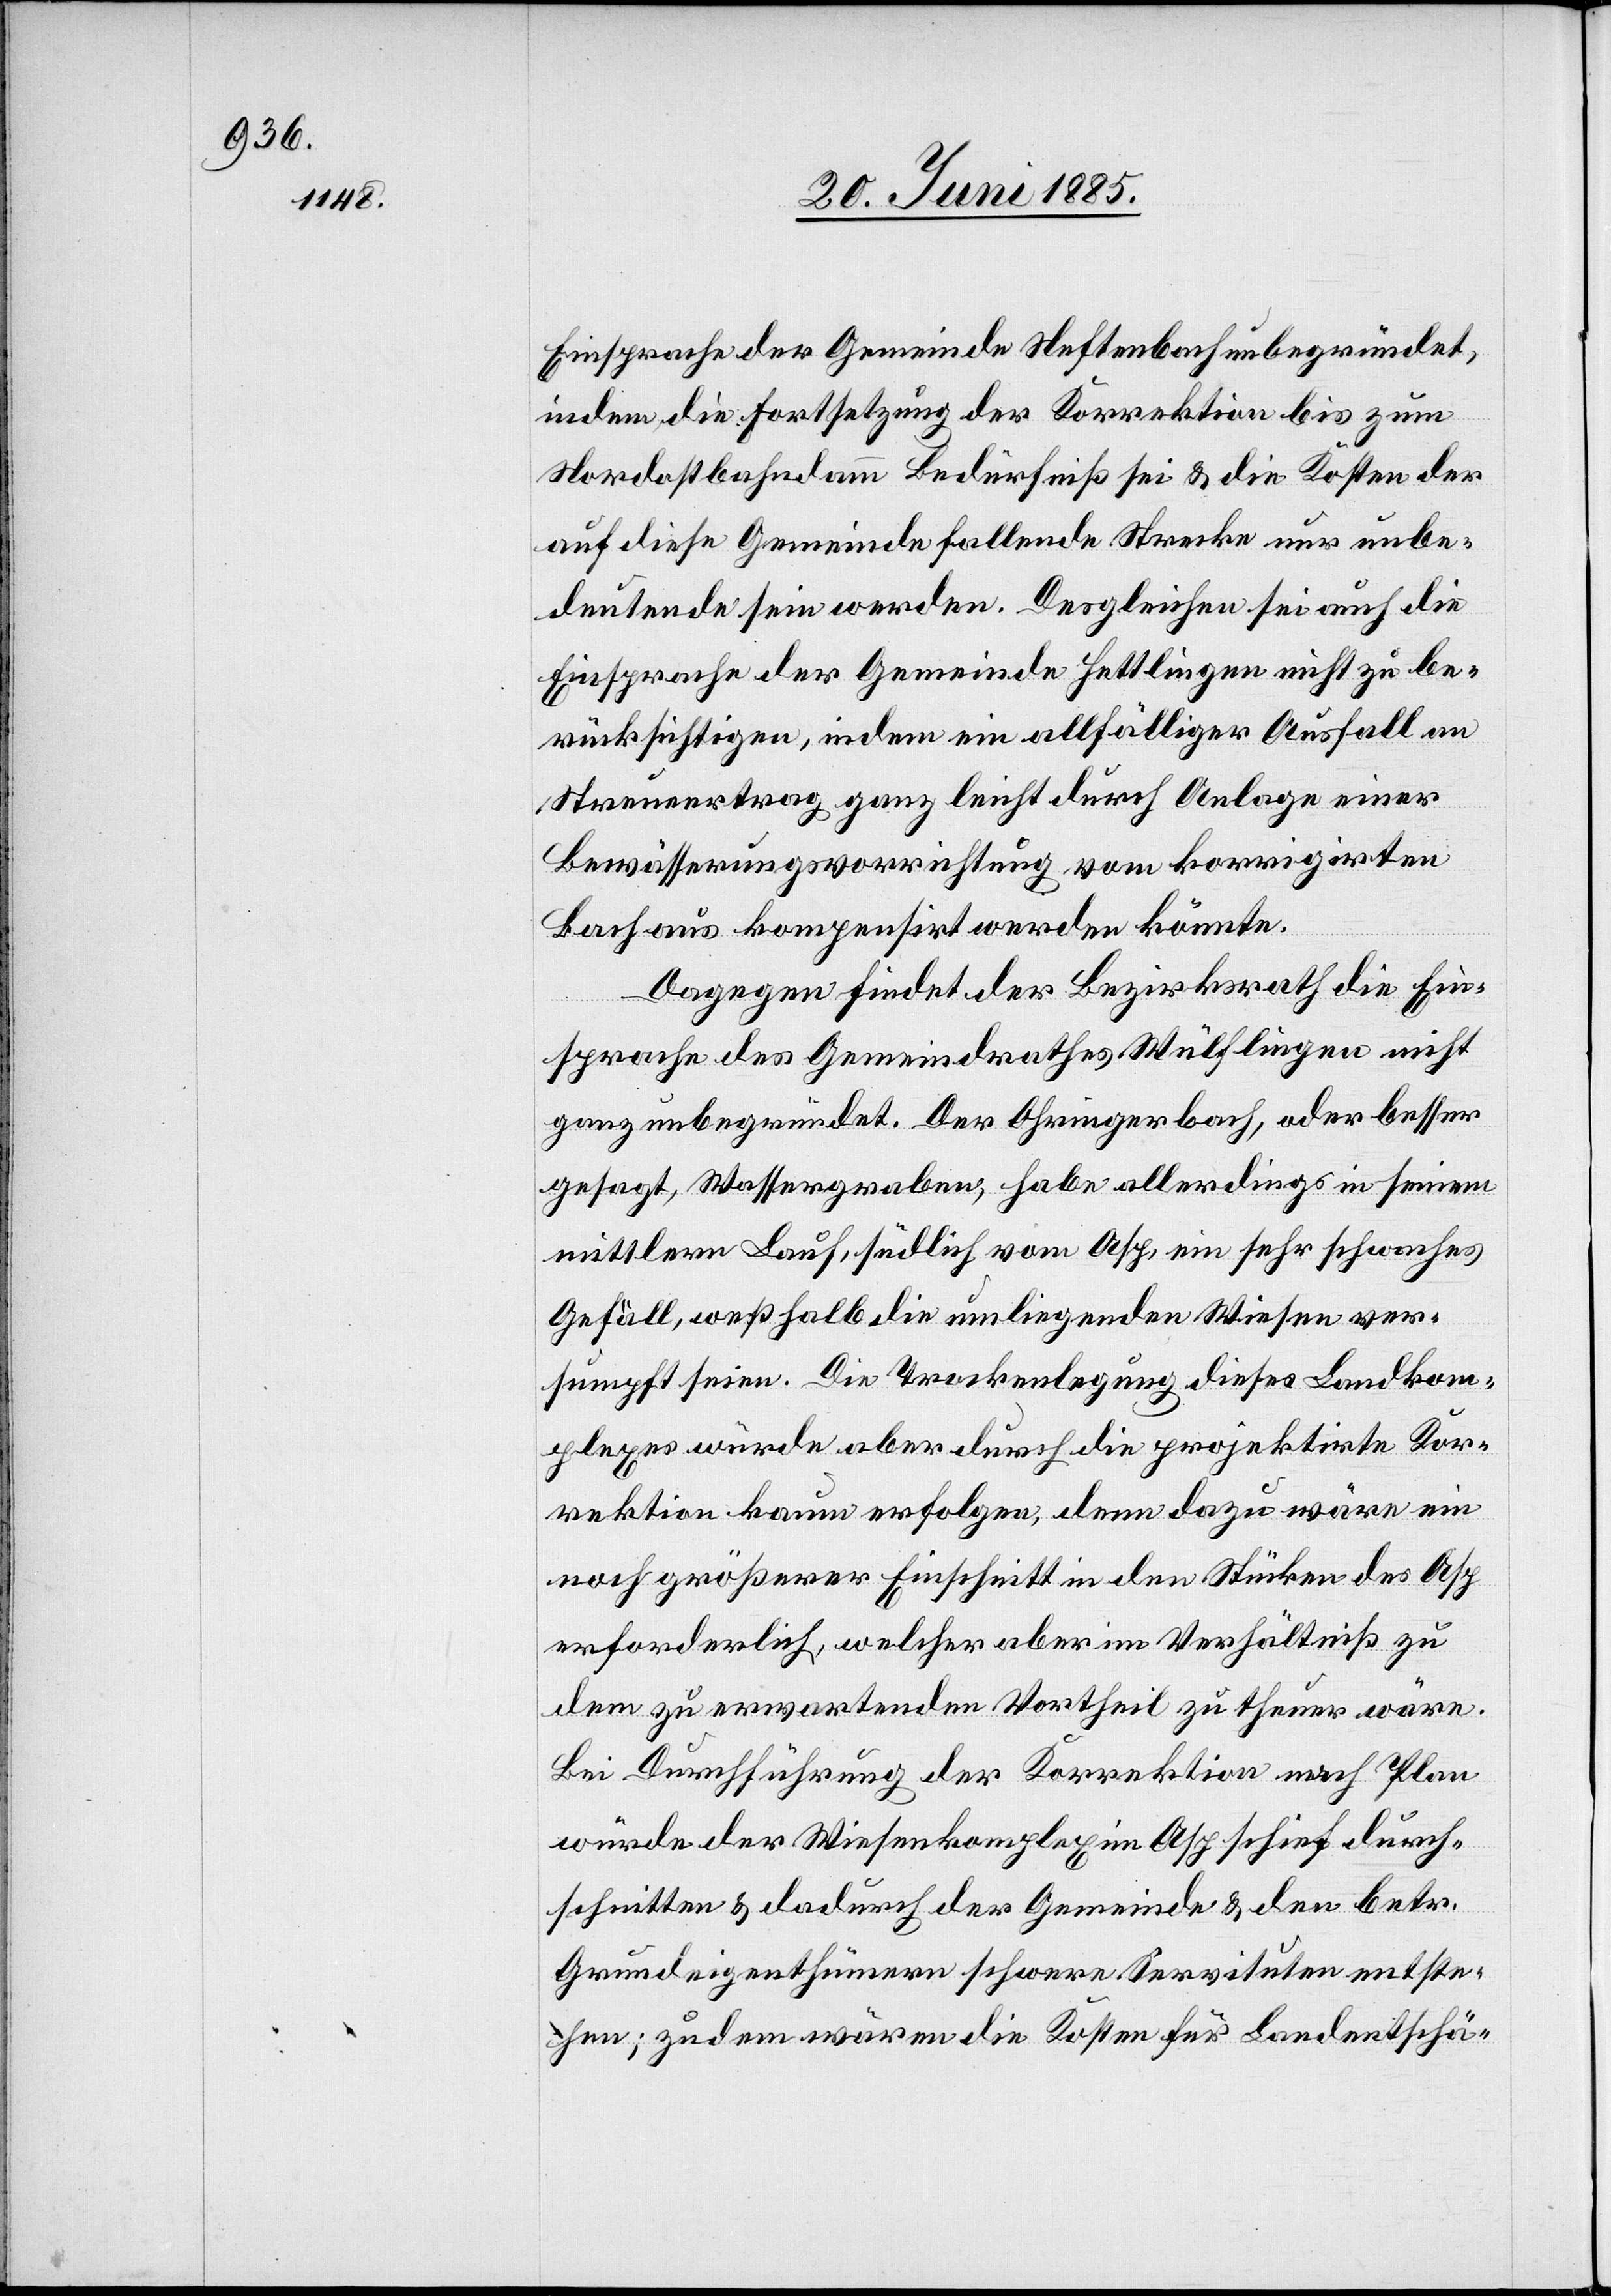
Einsprache der Gemeinde Neftenbach unbegründet,
indem die Fortsetzung der Korrektion bis zum
Nordostbahndamm Bedürfniß sei & die Kosten der
auf diese Gemeinde fallende Strecke nur unbe¬
deutende sein werden. Desgleichen sei auch die
Einsprache der Gemeinde Hettlingen nicht zu be¬
rücksichtigen, indem ein allfälliger Ausfall am
Streuertrag ganz leicht durch Anlage einer
Bewässerungsvorrichtung vom korrigirten
Bach aus kompensirt werden könnte.
Dagegen findet der Bezirksrath die Ein¬
sprache des Gemeindrathes Wülflingen nicht
ganz unbedeutend. Der Ohringerbach, oder besser
gesagt, Wassergraben, habe allerdings in seinem
mittlern Lauf, südlich vom Asp, ein sehr schwaches
Gefäll, weßhalb die umliegenden Wiesen ver¬
sumpft seien. Die Trockenlegung dieses Landkom¬
plexes würde aber durch die projektirte Kor¬
rektion kaum erfolgen, denn dazu wäre ein
noch größerer Einschnitt in den Stücken des Asp
erforderlich, welcher aber im Verhältniß zu
dem zu erwartenden Vortheil zu theuer wäre.
Bei Durchführung der Korrektion nach Plan
würde der Wiesenkomplex im Asp schief durch¬
schnitten & dadurch der Gemeinde & den betr.
Grundeigenthümern schwere Servituten entste¬
hen; zudem wären die Kosten für Landentschä-